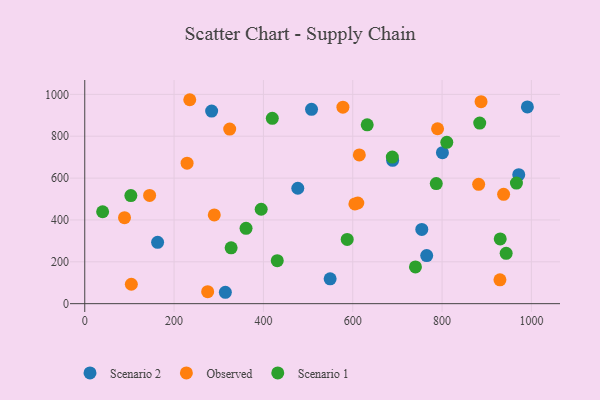
{"axis": {"x": "Ad Spend", "y": "Fuel Efficiency"}, "legend": ["Observed", "Scenario 1", "Scenario 2"], "data": [{"x": "284.1", "y": 920.5, "type": "Scenario 2"}, {"x": "477.0", "y": 551.4, "type": "Scenario 2"}, {"x": "549.4", "y": 118.9, "type": "Scenario 2"}, {"x": "971.7", "y": 616.3, "type": "Scenario 2"}, {"x": "800.8", "y": 721.3, "type": "Scenario 2"}, {"x": "689.3", "y": 685.0, "type": "Scenario 2"}, {"x": "314.8", "y": 54.4, "type": "Scenario 2"}, {"x": "507.7", "y": 928.8, "type": "Scenario 2"}, {"x": "754.6", "y": 354.6, "type": "Scenario 2"}, {"x": "163.1", "y": 293.2, "type": "Scenario 2"}, {"x": "991.0", "y": 940.0, "type": "Scenario 2"}, {"x": "765.6", "y": 229.8, "type": "Scenario 2"}, {"x": "887.3", "y": 965.3, "type": "Observed"}, {"x": "937.8", "y": 522.3, "type": "Observed"}, {"x": "611.3", "y": 481.0, "type": "Observed"}, {"x": "881.9", "y": 570.3, "type": "Observed"}, {"x": "324.5", "y": 834.2, "type": "Observed"}, {"x": "578.0", "y": 938.7, "type": "Observed"}, {"x": "789.9", "y": 835.9, "type": "Observed"}, {"x": "145.2", "y": 517.3, "type": "Observed"}, {"x": "104.3", "y": 92.8, "type": "Observed"}, {"x": "604.8", "y": 476.4, "type": "Observed"}, {"x": "614.7", "y": 710.8, "type": "Observed"}, {"x": "275.2", "y": 57.5, "type": "Observed"}, {"x": "929.6", "y": 114.1, "type": "Observed"}, {"x": "229.1", "y": 671.5, "type": "Observed"}, {"x": "235.1", "y": 974.5, "type": "Observed"}, {"x": "290.0", "y": 424.0, "type": "Observed"}, {"x": "89.0", "y": 410.9, "type": "Observed"}, {"x": "361.1", "y": 359.8, "type": "Scenario 1"}, {"x": "966.5", "y": 576.1, "type": "Scenario 1"}, {"x": "431.0", "y": 205.6, "type": "Scenario 1"}, {"x": "930.2", "y": 309.1, "type": "Scenario 1"}, {"x": "810.6", "y": 771.1, "type": "Scenario 1"}, {"x": "40.0", "y": 439.3, "type": "Scenario 1"}, {"x": "787.0", "y": 573.6, "type": "Scenario 1"}, {"x": "587.6", "y": 306.9, "type": "Scenario 1"}, {"x": "688.6", "y": 700.5, "type": "Scenario 1"}, {"x": "103.2", "y": 516.3, "type": "Scenario 1"}, {"x": "884.3", "y": 862.9, "type": "Scenario 1"}, {"x": "740.4", "y": 175.5, "type": "Scenario 1"}, {"x": "943.5", "y": 240.7, "type": "Scenario 1"}, {"x": "632.4", "y": 854.6, "type": "Scenario 1"}, {"x": "395.0", "y": 451.1, "type": "Scenario 1"}, {"x": "419.9", "y": 885.8, "type": "Scenario 1"}, {"x": "327.7", "y": 266.8, "type": "Scenario 1"}]}